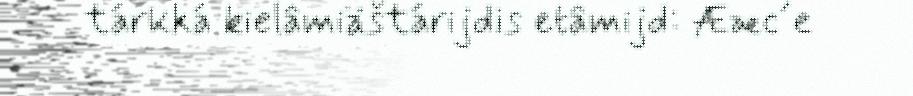
tárkká kielâmiäštárijdis etâmijd: Ææc´e